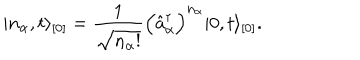
\vert n _ { \alpha } , t \rangle _ { [ 0 ] } = \frac { 1 } { \sqrt { n _ { \alpha } ! } } \Bigl ( \hat { a } _ { \alpha } ^ { \dagger } \Bigr ) ^ { n _ { \alpha } } \vert 0 , t \rangle _ { [ 0 ] } .